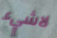
لاشيء